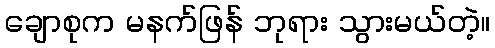
ချောစုက မနက်ဖြန် ဘုရား သွားမယ်တဲ့။